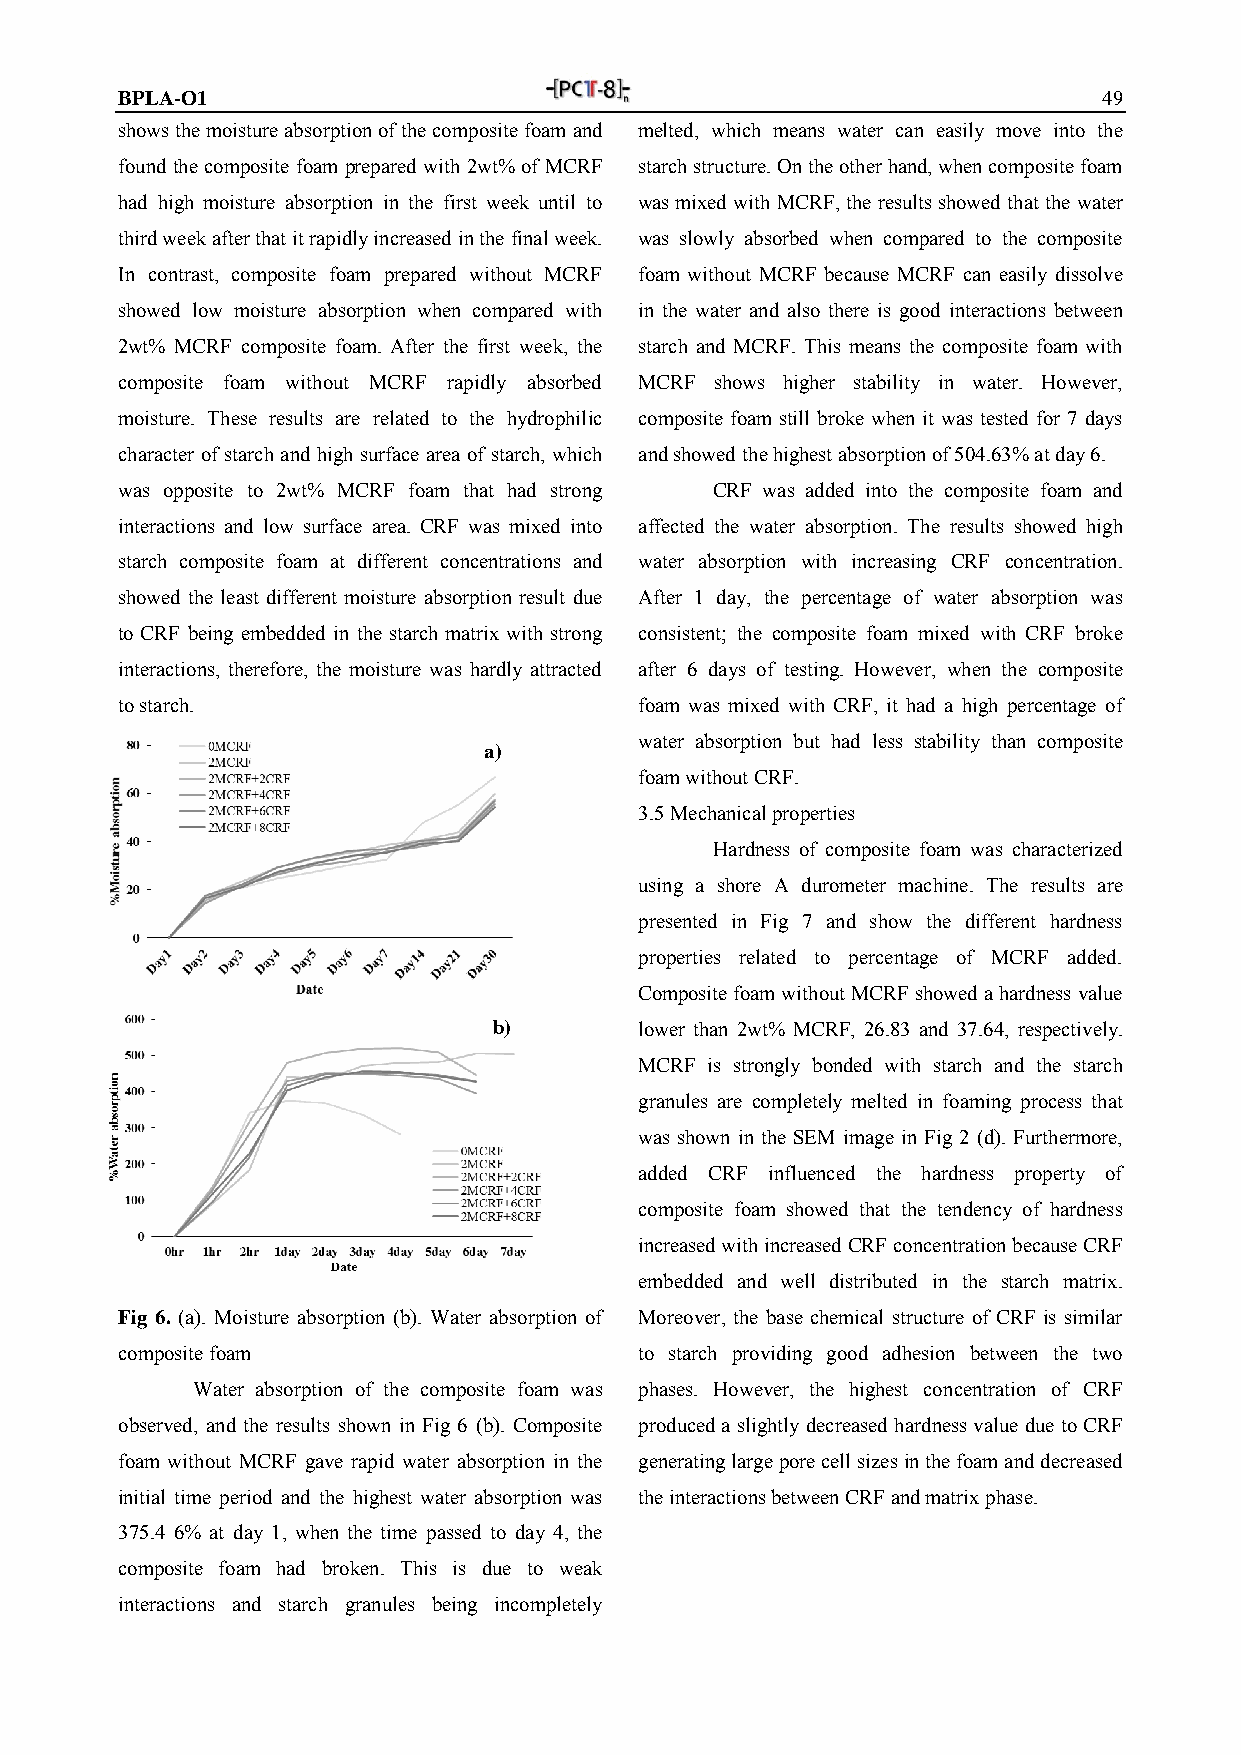
BPLA-O1                                                          49
 shows the moisture absorption of the composite foam and melted, which means water can easily move into the
 found the composite foam prepared with 2wt% of MCRF starch structure. On the other hand, when composite foam
 had high moisture absorption in the first week until to was mixed with MCRF, the results showed that the water
 third week after that it rapidly increased in the final week. was slowly absorbed when compared to the composite
 In contrast, composite foam prepared without MCRF foam without MCRF because MCRF can easily dissolve
 showed low moisture absorption when compared with in the water and also there is good interactions between
 2wt% MCRF composite foam. After the first week, the starch and MCRF. This means the composite foam with
 composite foam without MCRF rapidly absorbed MCRF shows higher stability in water. However,
 moisture. These results are related to the hydrophilic composite foam still broke when it was tested for 7 days
 character of starch and high surface area of starch, which and showed the highest absorption of 504.63% at day 6.
 was opposite to 2wt% MCRF foam that had strong CRF was added into the composite foam and
 interactions and low surface area. CRF was mixed into affected the water absorption. The results showed high
 starch composite foam at different concentrations and water absorption with increasing CRF concentration.
 showed the least different moisture absorption result due After 1 day, the percentage of water absorption was
 to CRF being embedded in the starch matrix with strong consistent; the composite foam mixed with CRF broke
 interactions, therefore, the moisture was hardly attracted after 6 days of testing. However, when the composite
 to starch.                        foam was mixed with CRF, it had a high percentage of
 water absorption but had less stability than composite
 a)
 foam without CRF.
 3.5 Mechanical properties
 Hardness of composite foam was characterized
 using a shore A durometer machine. The results are
 presented in Fig 7 and show the different hardness
 properties related to percentage of MCRF added.
 Composite foam without MCRF showed a hardness value
 b)       lower than 2wt% MCRF, 26.83 and 37.64, respectively.
 MCRF is strongly bonded with starch and the starch
 granules are completely melted in foaming process that
 was shown in the SEM image in Fig 2 (d). Furthermore,
 added CRF influenced the hardness property of
 composite foam showed that the tendency of hardness
 increased with increased CRF concentration because CRF
 embedded and well distributed in the starch matrix.
 Fig 6. (a). Moisture absorption (b). Water absorption of Moreover, the base chemical structure of CRF is similar
 composite foam                    to starch providing good adhesion between the two
 Water absorption of the composite foam was phases. However, the highest concentration of CRF
 observed, and the results shown in Fig 6 (b). Composite produced a slightly decreased hardness value due to CRF
 foam without MCRF gave rapid water absorption in the generating large pore cell sizes in the foam and decreased
 initial time period and the highest water absorption was the interactions between CRF and matrix phase.
 375.4 6% at day 1, when the time passed to day 4, the
 composite foam had broken. This is due to weak
 interactions and starch granules being incompletely